Report on the working of the Ranchi Indian Mental Hospital, Kanke, in Bihar and Orissa - 1930-1940
Year: 1930
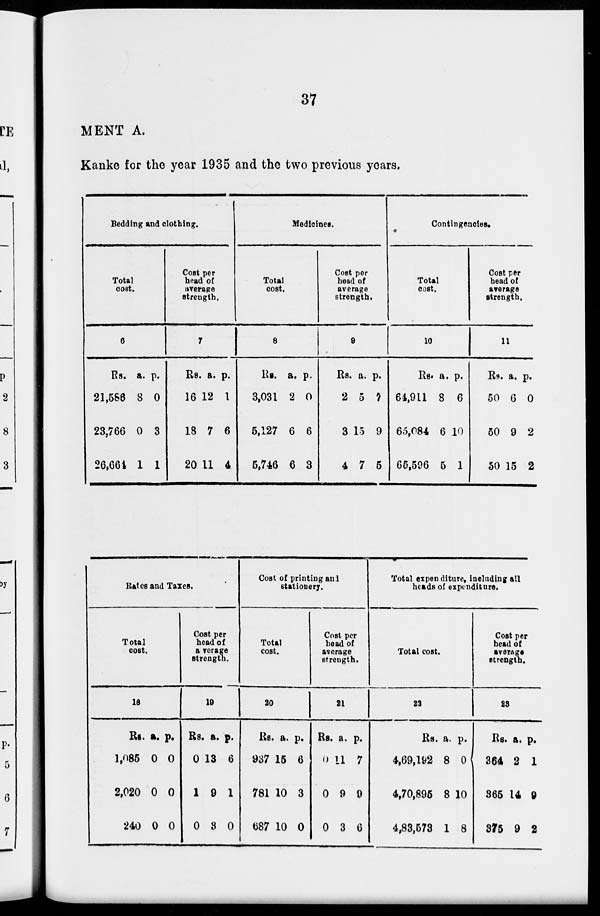
37
MENT A.
Kanke for the year 1935 and the two previous years.
Bedding and clothing.
Total
cost.
6
Rs.
21,586
23,766
26,664
a.
8
0
1
p.
0
3
1
Cost per
head of
average
strength.
7
Rs.
16
18
20
a.
12
7
11
p.
1
6
4
Medicines.
Total
cost.
8
Rs.
3,031
5,127
5,746
a.
2
6
6
p.
0
6
3
Cost per
head of
average
strength.
9
Rs.
2
3
4
a.
5
15
7
p.
7
9
5
Contingencies.
Total
cost.
10
Rs.
64,911
65,084
65,596
a.
8
6
5
p.
6
10
1
Cost per
head of
average
strength.
11
Rs.
50
50
50
a.
6
9
15
p.
0
2
2
Rates and Taxes.
Total
cost.
18
Rs.
1,085
2,020
240
a.
0
0
0
p.
0
0
0
Cost per
head of
average
strength.
19
Rs.
0
1
0
a.
13
9
3
p.
6
1
0
Cost of printing and
stationery.
Total
cost.
20
Rs.
937
781
687
a.
15
10
10
p.
6
3
0
Cost per
head of
average
strength.
21
Rs.
0
0
0
a.
11
9
3
p.
7
9
6
Total expenditure, including all
heads of expenditure.
Total cost.
22
Rs.
4,69,192
4,70,895
4,83,573
a.
8
8
1
p.
0
10
8
Cost per
head of
average
strength.
23
Rs.
364
365
375
a.
2
14
9
p.
1
9
2